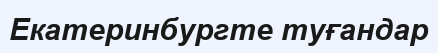
Екатеринбургте туғандар